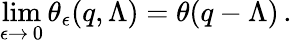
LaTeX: \operatorname*{lim}_{\epsilon\rightarrow\, 0}\theta_{\epsilon}(q,\Lambda)=\theta(q-\Lambda)\, .